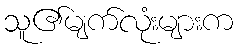
သူ၏မျက်လုံးများက